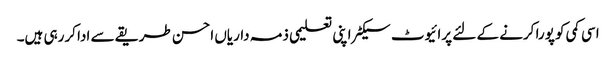
اسی کمی کو پورا کرنے کے لئے پرائیوٹ سیکٹر اپنی تعلیمی ذمہ داریاں احسن طریقے سے ادا کررہی ہیں۔